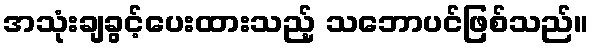
အသုံးချခွင့်ပေးထားသည့် သဘောပင်ဖြစ်သည်။